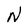
Character: N